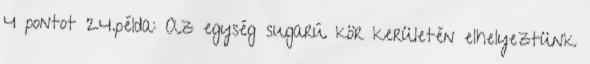
4 pontot 24.példa: Az egység sugarú kör kerületén elhelyeztünk